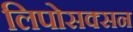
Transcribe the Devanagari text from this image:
लिपोसक्सन